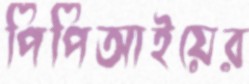
পিপিআইয়ের